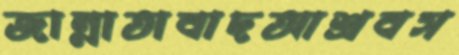
জান্নাতাবাদআশ্রবস